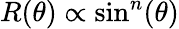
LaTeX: R(\theta)\propto\sin^{n}(\theta)